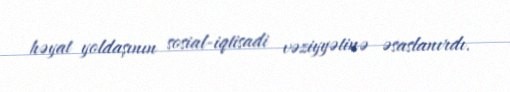
həyat yoldaşının sosial-iqtisadi vəziyyətinə əsaslanırdı.